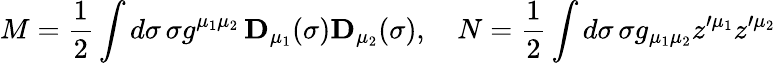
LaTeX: M={\frac 12}\int d\sigma\, \sigma g^{\mu_{1}\mu_{2}}\, {\mathbf D}_{\mu_{1}}(\sigma){\mathbf D}_{\mu_{2}}(\sigma),\quad N={\frac 12}\int d\sigma\, \sigma g_{\mu_{1}\mu_{2}}z^{\prime\mu_{1}}z^{\prime\mu_{2}}